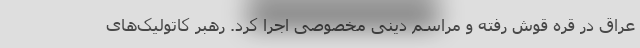
عراق در قره قوش رفته و مراسم دینی مخصوصی اجرا کرد. رهبر کاتولیک‌های